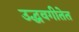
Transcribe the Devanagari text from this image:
उद्धवगीतेत